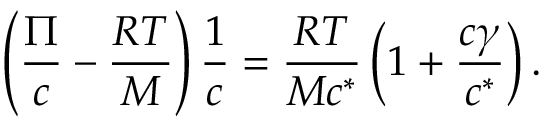
\left( \frac { \Pi } { c } - \frac { R T } { M } \right) \frac { 1 } { c } = \frac { R T } { M c ^ { * } } \left( 1 + \frac { c \gamma } { c ^ { * } } \right) .